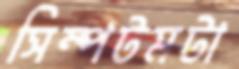
সিম্পটমটা